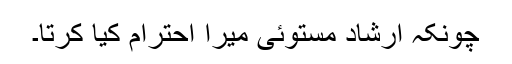
چونکہ ارشاد مستوئی میرا احترام کیا کرتا۔